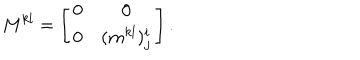
M ^ { k l } = \left[ \begin{array} { c c } { { 0 } } & { { 0 } } \\ { { 0 } } & { { ( m ^ { k l } ) _ { j } ^ { i } } } \\ \end{array} \right] .